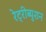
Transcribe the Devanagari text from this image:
रेट्रीब्युशन